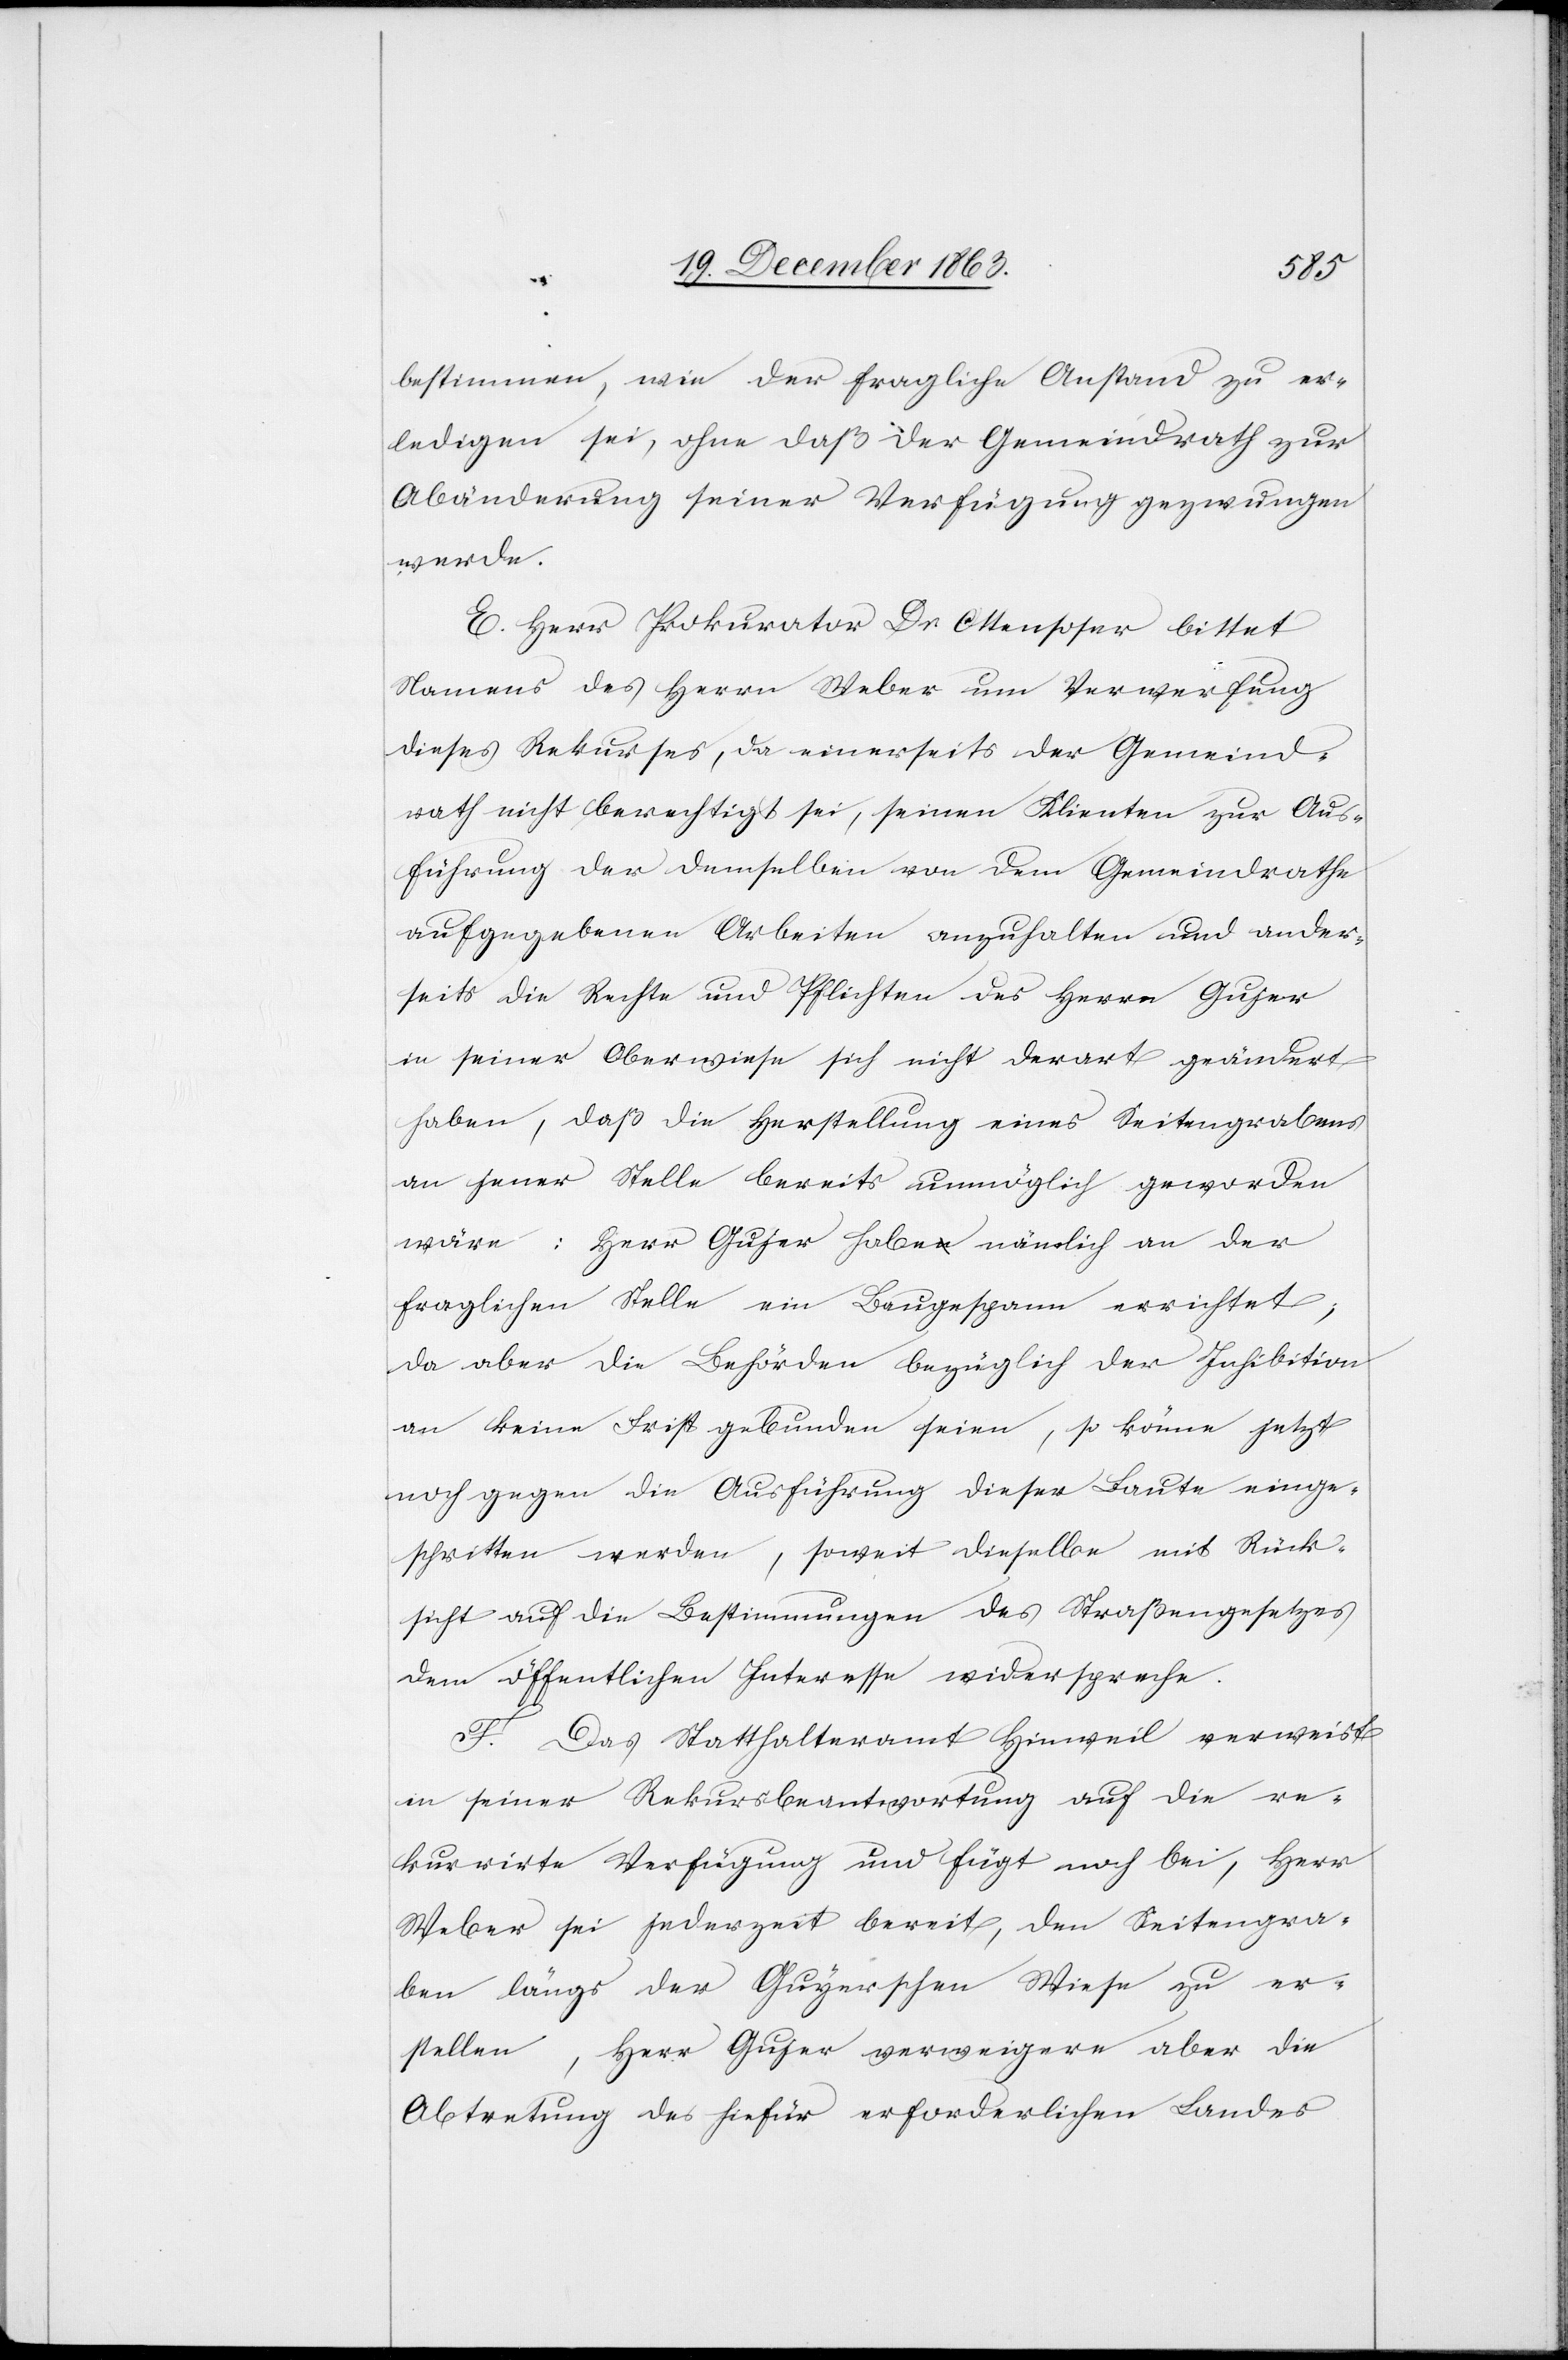
bestimmen, wie der fragliche Anstand zu er¬
ledigen sei, ohne daß der Gemeindrath zur
Abänderung seiner Verfügung gezwungen
werde.
E. Herr Prokurator Dr. Ottensoser bittet
Namens des Herrn Weber um Verwerfung
dieses Rekurses, da einerseits der Gemeind¬
rath nicht berechtigt sei, seinen Klienten zur Aus¬
führung der demselben von dem Gemeindrathe
aufgegebenen Arbeiten anzuhalten und ander¬
seits die Rechte und Pflichten des Herrn Gujer
in seiner Oberwiese sich nicht derart geändert
haben, daß die Herstellung eines Seitengrabens
an jener Stelle bereits unmöglich geworden
wäre: Herr Gujer habe nämlich an der
fraglichen Stelle ein Baugespann errichtet;
da aber die Behörden bezüglich der Inhibition
an keine Frist gebunden seien, so könne jetzt
noch gegen die Ausführung dieser Baute einge¬
schritten werden, soweit dieselbe mit Rück¬
sicht auf die Bestimmungen des Straßengesetzes
dem öffentlichen Interesse widerspreche.
F. Das Statthalteramt Hinweil verweist
in seiner Rekursbeantwortung auf die re¬
kurrirte Verfügung und fügt noch bei, Herr
Weber sei jederzeit bereit, den Seitengra¬
ben längs der Guyerschen [sic!] Wiese zu er¬
stellen, Herr Gujer verweigere aber die
Abtretung des hiefür erforderlichen Landes